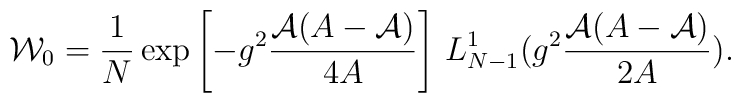
{\cal W}_0=\frac{1}{N}\exp\left[-g^2\frac{{\cal A}(A-{\cal A})}{4A}\right]\, L_{N-1}^1(g^2\frac{{\cal A}(A-{\cal A})}{2A}).